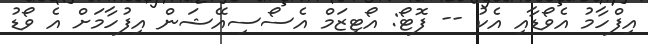
އިފްހާމު އެވޯޑާއި އެކު -- ފޮޓޯ: އޯޓިޒަމް އެސޯސިއޭޝަން އިފުހާމަށް އެ ވޯޑު